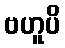
ဗဟူပိ